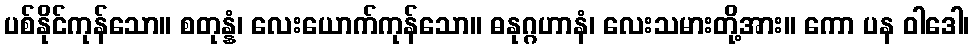
ပစ်နိုင်ကုန်သော။ စတုန္နံ၊ လေးယောက်ကုန်သော။ ဓနုဂ္ဂဟာနံ၊ လေးသမားတို့အား။ ကော ပန ဝါဒေါ၊